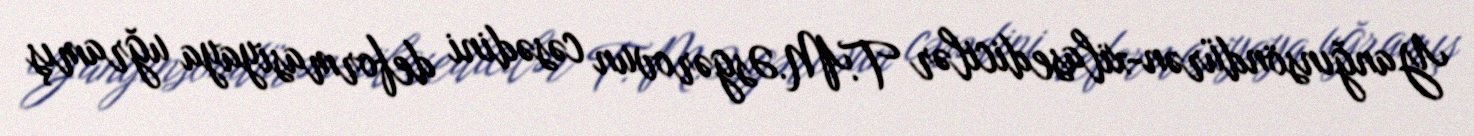
Yanğınsöndürən-xilasedicilər T.M.Əsgərovun cəsədini deformasiyaya uğramış